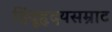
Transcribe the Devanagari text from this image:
हिंदूहृदयसम्राट